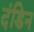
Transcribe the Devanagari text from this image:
दंडिन